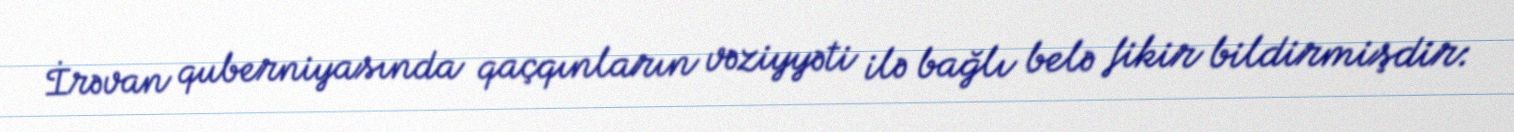
İrəvan quberniyasında qaçqınların vəziyyəti ilə bağlı belə fikir bildirmişdir: